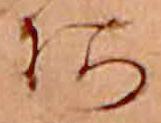
あ